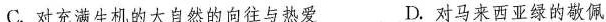
C.对充满生机的大自然的向往与热爱 D.对马来西亚绿的敬佩